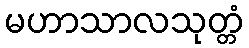
မဟာသာလသုတ္တံ